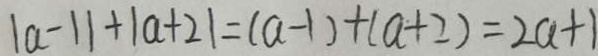
\vert a - 1 \vert + \vert a + 2 \vert = ( a - 1 ) + ( a + 2 ) = 2 a + 1